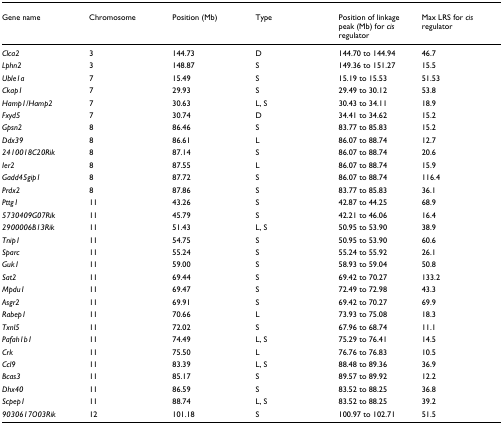
<table><thead><tr><td><b>Gene name</b></td><td><b>Chromosome</b></td><td><b>Position (Mb)</b></td><td><b>Type</b></td><td><b>Position of linkage peak (Mb) for <i>cis </i>regulator</b></td><td><b>Max LRS for <i>cis </i>regulator</b></td></tr></thead><tbody><tr><td><i>Clca2</i></td><td>3</td><td>144.73</td><td>D</td><td>144.70 to 144.94</td><td>46.7</td></tr><tr><td><i>Lphn2</i></td><td>3</td><td>148.87</td><td>S</td><td>149.36 to 151.27</td><td>15.5</td></tr><tr><td><i>Uble1a</i></td><td>7</td><td>15.49</td><td>S</td><td>15.19 to 15.53</td><td>51.53</td></tr><tr><td><i>Ckap1</i></td><td>7</td><td>29.93</td><td>S</td><td>29.49 to 30.12</td><td>53.8</td></tr><tr><td><i>Hamp1/Hamp2</i></td><td>7</td><td>30.63</td><td>L, S</td><td>30.43 to 34.11</td><td>18.9</td></tr><tr><td><i>Fxyd5</i></td><td>7</td><td>30.74</td><td>D</td><td>34.41 to 34.62</td><td>15.2</td></tr><tr><td><i>Gpsn2</i></td><td>8</td><td>86.46</td><td>S</td><td>83.77 to 85.83</td><td>15.2</td></tr><tr><td><i>Ddx39</i></td><td>8</td><td>86.61</td><td>L</td><td>86.07 to 88.74</td><td>12.7</td></tr><tr><td><i>2410018C20Rik</i></td><td>8</td><td>87.14</td><td>S</td><td>86.07 to 88.74</td><td>20.6</td></tr><tr><td><i>Ier2</i></td><td>8</td><td>87.55</td><td>L</td><td>86.07 to 88.74</td><td>15.9</td></tr><tr><td><i>Gadd45gip1</i></td><td>8</td><td>87.72</td><td>S</td><td>86.07 to 88.74</td><td>116.4</td></tr><tr><td><i>Prdx2</i></td><td>8</td><td>87.86</td><td>S</td><td>83.77 to 85.83</td><td>36.1</td></tr><tr><td><i>Pttg1</i></td><td>11</td><td>43.26</td><td>S</td><td>42.87 to 44.25</td><td>68.9</td></tr><tr><td><i>5730409G07Rik</i></td><td>11</td><td>45.79</td><td>S</td><td>42.21 to 46.06</td><td>16.4</td></tr><tr><td><i>2900006B13Rik</i></td><td>11</td><td>51.43</td><td>L, S</td><td>50.95 to 53.90</td><td>38.9</td></tr><tr><td><i>Tnip1</i></td><td>11</td><td>54.75</td><td>S</td><td>50.95 to 53.90</td><td>60.6</td></tr><tr><td><i>Sparc</i></td><td>11</td><td>55.24</td><td>S</td><td>55.24 to 55.92</td><td>26.1</td></tr><tr><td><i>Guk1</i></td><td>11</td><td>59.00</td><td>S</td><td>58.93 to 59.04</td><td>50.8</td></tr><tr><td><i>Sat2</i></td><td>11</td><td>69.44</td><td>S</td><td>69.42 to 70.27</td><td>133.2</td></tr><tr><td><i>Mpdu1</i></td><td>11</td><td>69.47</td><td>S</td><td>72.49 to 72.98</td><td>43.3</td></tr><tr><td><i>Asgr2</i></td><td>11</td><td>69.91</td><td>S</td><td>69.42 to 70.27</td><td>69.9</td></tr><tr><td><i>Rabep1</i></td><td>11</td><td>70.66</td><td>L</td><td>73.93 to 75.08</td><td>18.3</td></tr><tr><td><i>Txnl5</i></td><td>11</td><td>72.02</td><td>S</td><td>67.96 to 68.74</td><td>11.1</td></tr><tr><td><i>Pafah1b1</i></td><td>11</td><td>74.49</td><td>L, S</td><td>75.29 to 76.41</td><td>14.5</td></tr><tr><td><i>Crk</i></td><td>11</td><td>75.50</td><td>L</td><td>76.76 to 76.83</td><td>10.5</td></tr><tr><td><i>Ccl9</i></td><td>11</td><td>83.39</td><td>L, S</td><td>88.48 to 89.36</td><td>36.9</td></tr><tr><td><i>Bcas3</i></td><td>11</td><td>85.17</td><td>S</td><td>89.57 to 89.92</td><td>12.2</td></tr><tr><td><i>Dhx40</i></td><td>11</td><td>86.59</td><td>S</td><td>83.52 to 88.25</td><td>36.8</td></tr><tr><td><i>Scpep1</i></td><td>11</td><td>88.74</td><td>L, S</td><td>83.52 to 88.25</td><td>39.2</td></tr><tr><td><i>9030617O03Rik</i></td><td>12</td><td>101.18</td><td>S</td><td>100.97 to 102.71</td><td>51.5</td></tr></tbody></table>